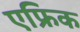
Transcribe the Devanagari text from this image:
एफ्रिक